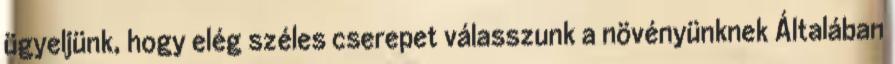
ügyeljünk, hogy elég széles cserepet válasszunk a növényünknek Általában